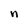
Character: n